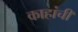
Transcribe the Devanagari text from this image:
काहांची